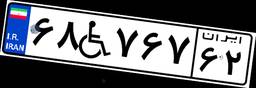
۶۸W۷۶۷۶۲